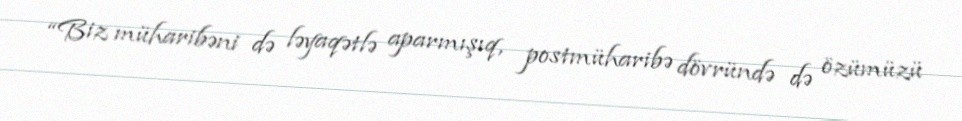
“Biz müharibəni də ləyaqətlə aparmışıq, postmüharibə dövründə də özümüzü